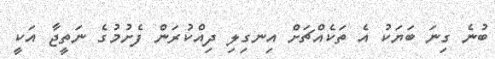
ބުނެ ގިނަ ބަޔަކު އެ ތަކެއްޗަށް އިނގިލި ދިއްކުރަން ފެށުމުގެ ނަތީޖާ އަކީ